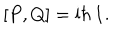
[ P , Q ] = \mathrm { i } \hbar \, { \bf 1 } .